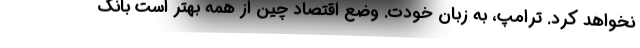
نخواهد کرد. ترامپ، به زبان خودت. وضع اقتصاد چین از همه بهتر است بانک